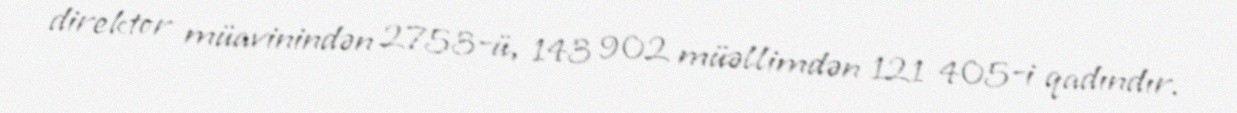
direktor müavinindən 2753-ü, 143 902 müəllimdən 121 405-i qadındır.